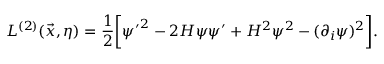
{ \cal L } ^ { ( 2 ) } ( \vec { x } , \eta ) = \frac { 1 } { 2 } \biggl [ { \psi ^ { \prime } } ^ { 2 } - 2 { \cal H } \psi \psi ^ { \prime } + { \cal H } ^ { 2 } \psi ^ { 2 } - ( \partial _ { i } \psi ) ^ { 2 } \biggr ] .